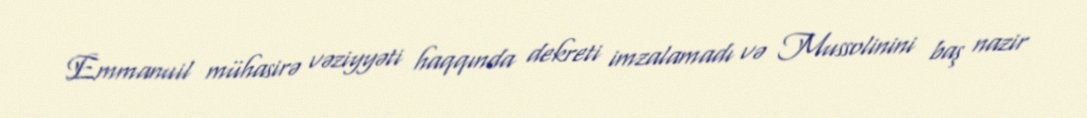
Emmanuil mühasirə vəziyyəti haqqında dekreti imzalamadı və Mussolinini baş nazir